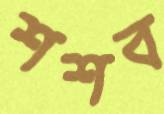
শশব